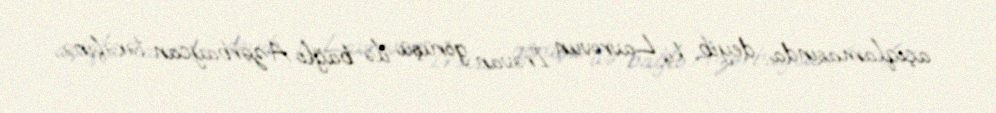
açıqlamasında deyib ki, Lavrovun İrəvan görüşü ilə bağlı Azərbaycan tərəfinə